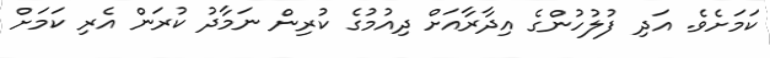
ކަމަށެވެ. އަދި ފުލުހުންގެ އިދާރާއަށް ދިއުމުގެ ކުރިން ނަމާދު ކުރަން އެރި ކަމަށް